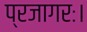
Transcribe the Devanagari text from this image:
प्रजागरः।